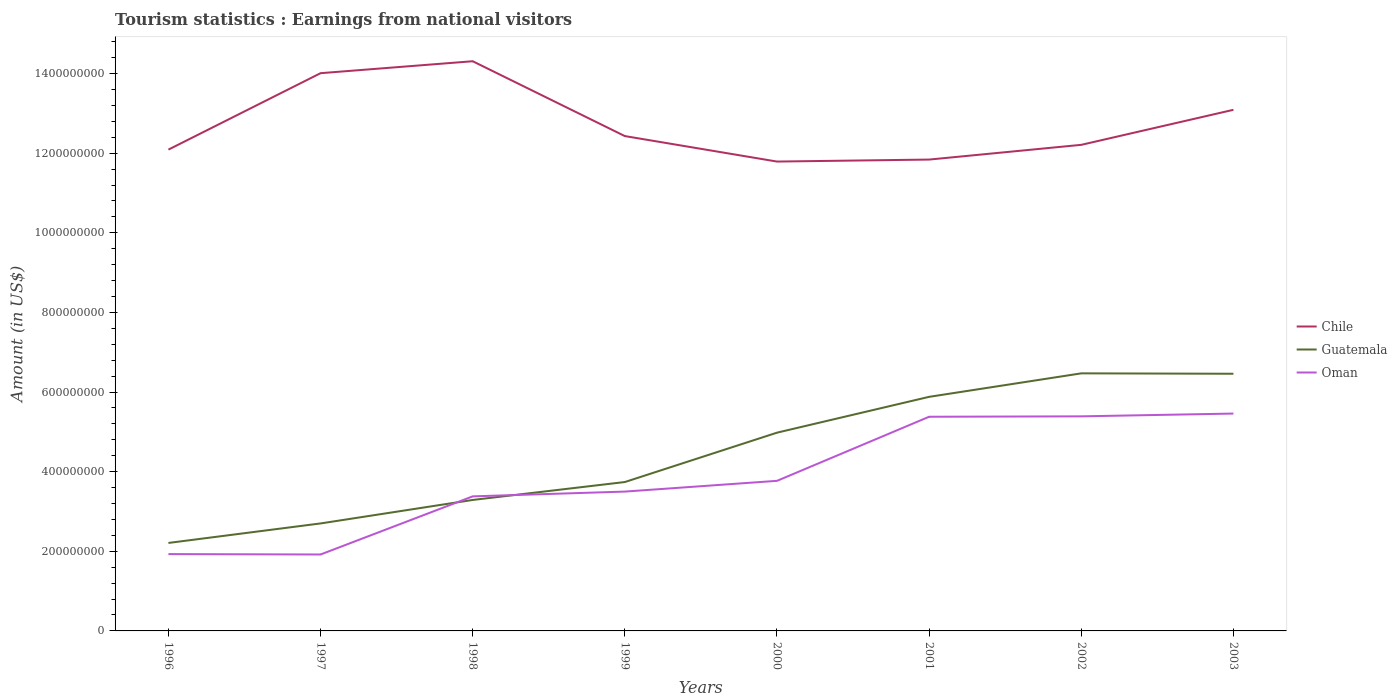
| Years | Chile | Guatemala | Oman |
 | --- | --- | --- | --- |
 | 1996 | 1.21e+09 | 2.21e+08 | 1.93e+08 |
 | 1997 | 1.4e+09 | 2.7e+08 | 1.92e+08 |
 | 1998 | 1.43e+09 | 3.29e+08 | 3.38e+08 |
 | 1999 | 1.24e+09 | 3.74e+08 | 3.5e+08 |
 | 2000 | 1.18e+09 | 4.98e+08 | 3.77e+08 |
 | 2001 | 1.18e+09 | 5.88e+08 | 5.38e+08 |
 | 2002 | 1.22e+09 | 6.47e+08 | 5.39e+08 |
 | 2003 | 1.31e+09 | 6.46e+08 | 5.46e+08 |